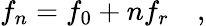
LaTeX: f_{n}=f_{0}+nf_{r}\quad,